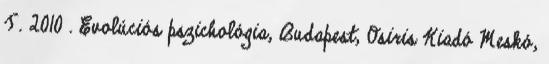
T. 2010 . Evolúciós pszichológia, Budapest, Osiris Kiadó Meskó,